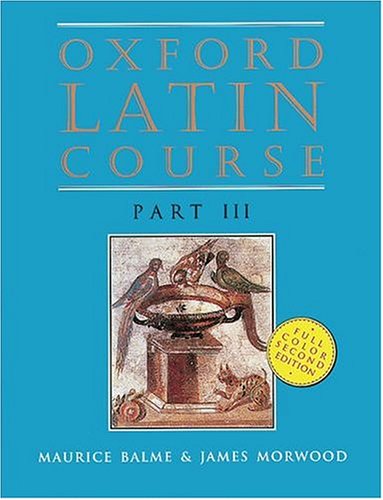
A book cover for Oxford Latin Course: Part III (2nd Edition); Maurice Balme; Christian Books & Bibles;